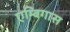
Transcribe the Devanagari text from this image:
एम्बिगास